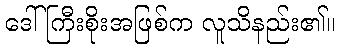
ဒေါ်ကြီးစိုးအဖြစ်က လူသိနည်း၏။